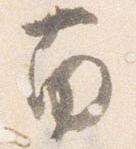
南